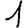
Digit: 1